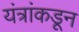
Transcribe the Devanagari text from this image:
यंत्रांकडून